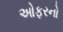
ઓફરનો